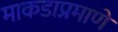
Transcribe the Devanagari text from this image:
माकडाप्रमाणे